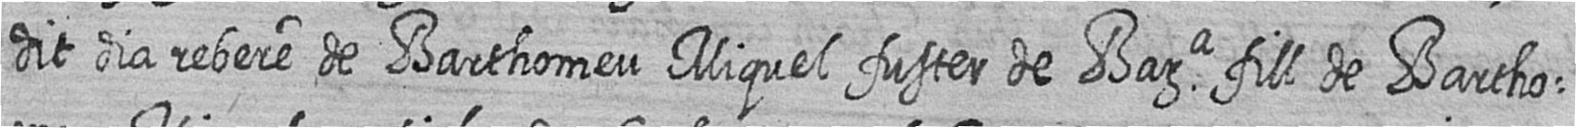
dit dia rebere de Barthomeu Miquel fuster de Bara fill de Bartho=